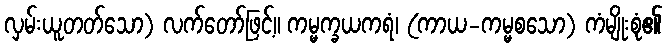
လှမ်းယူတတ်သော) လက်တော်ဖြင့်။ ကမ္မက္ခယကရံ၊ (ကာယ-ကမ္မစသော) ကံမျိုးစုံ၏